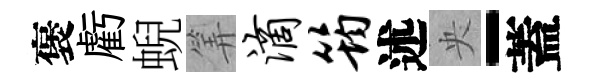
褒虧蜺筭滴筠述央-蓋